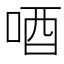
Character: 唒